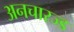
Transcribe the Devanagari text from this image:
अनचारज्ड